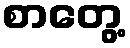
စာတွေ့